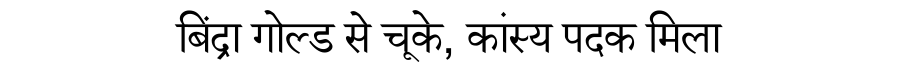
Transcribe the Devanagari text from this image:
बिंद्रा गोल्ड से चूके, कांस्य पदक मिला